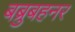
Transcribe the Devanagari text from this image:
बब्रुबहनर